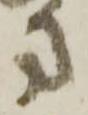
方